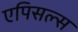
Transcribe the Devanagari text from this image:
एपिसल्स